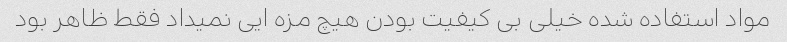
مواد استفاده شده خیلی بی کیفیت بودن هیچ مزه ایی نمیداد فقط ظاهر بود